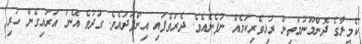
ކެމީލާގެ ދޮންމޫނުމަތިން ރުޅިވެރިކަމެއް ނުފެނެއެވެ. ދެރަވެފައި އިންފަދައެވެ. ގުދުވެ އޭނަ އަރައިގެން ހުރި